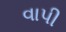
વાપી